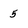
Character: 5